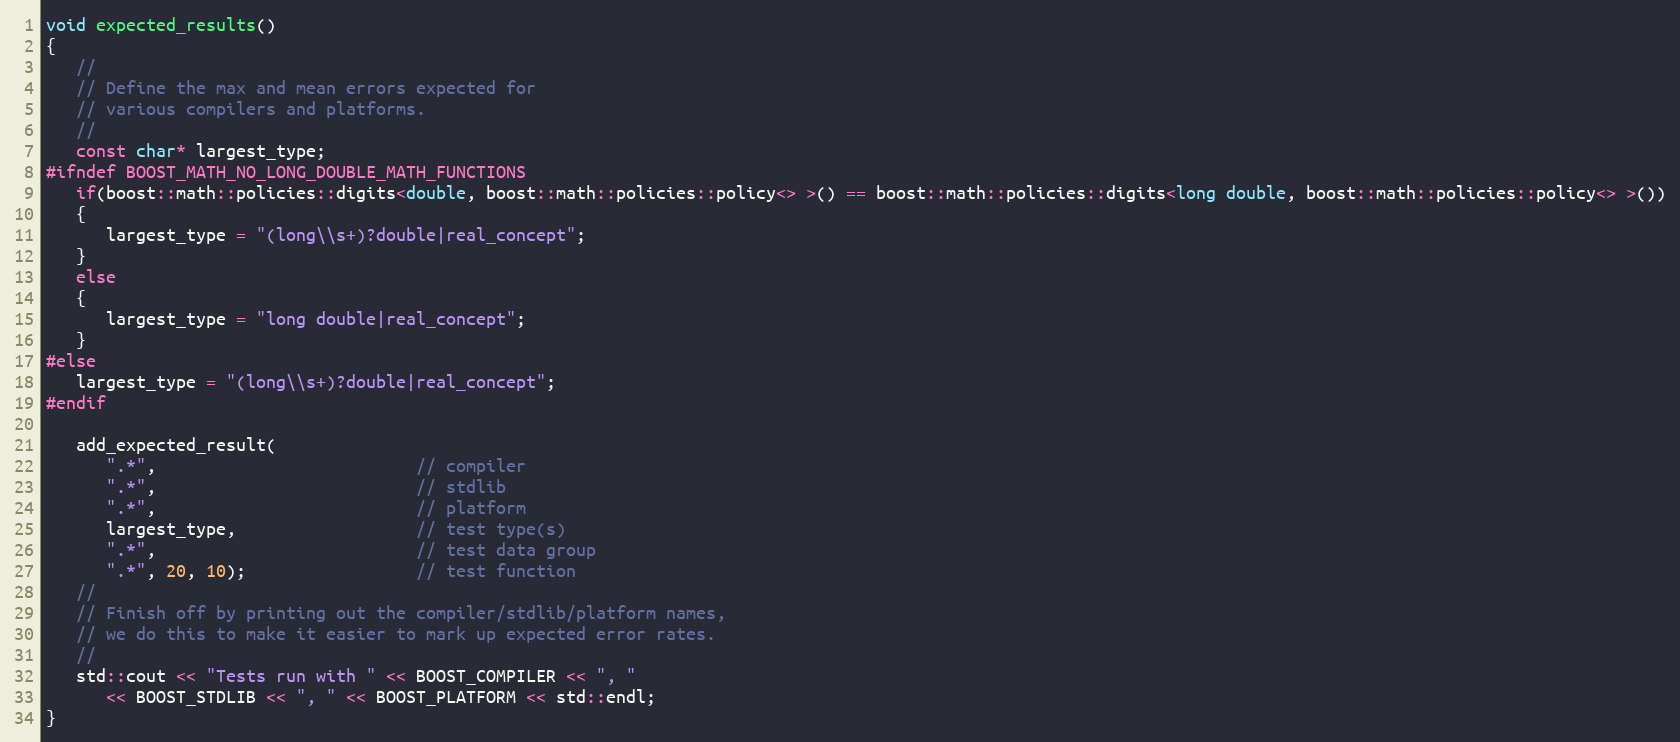
Language: C++
void expected_results()
{
   //
   // Define the max and mean errors expected for
   // various compilers and platforms.
   //
   const char* largest_type;
#ifndef BOOST_MATH_NO_LONG_DOUBLE_MATH_FUNCTIONS
   if(boost::math::policies::digits<double, boost::math::policies::policy<> >() == boost::math::policies::digits<long double, boost::math::policies::policy<> >())
   {
      largest_type = "(long\\s+)?double|real_concept";
   }
   else
   {
      largest_type = "long double|real_concept";
   }
#else
   largest_type = "(long\\s+)?double|real_concept";
#endif

   add_expected_result(
      ".*",                          // compiler
      ".*",                          // stdlib
      ".*",                          // platform
      largest_type,                  // test type(s)
      ".*",                          // test data group
      ".*", 20, 10);                 // test function
   //
   // Finish off by printing out the compiler/stdlib/platform names,
   // we do this to make it easier to mark up expected error rates.
   //
   std::cout << "Tests run with " << BOOST_COMPILER << ", "
      << BOOST_STDLIB << ", " << BOOST_PLATFORM << std::endl;
}